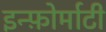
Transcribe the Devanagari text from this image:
इन्फ़ोर्माटी